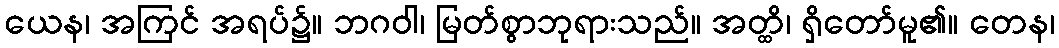
ယေန၊ အကြင် အရပ်၌။ ဘဂဝါ၊ မြတ်စွာဘုရားသည်။ အတ္ထိ၊ ရှိတော်မူ၏။ တေန၊